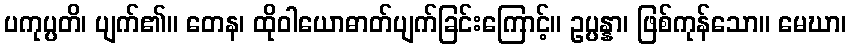
ပကုပ္ပတိ၊ ပျက်၏။ တေန၊ ထိုဝါယောဓာတ်ပျက်ခြင်းကြောင့်။ ဥပ္ပန္နာ၊ ဖြစ်ကုန်သော။ မေဃာ၊